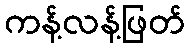
ကန့်လန့်ဖြတ်